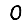
Digit: 0